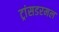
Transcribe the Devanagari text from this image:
ट्रांसडरमल